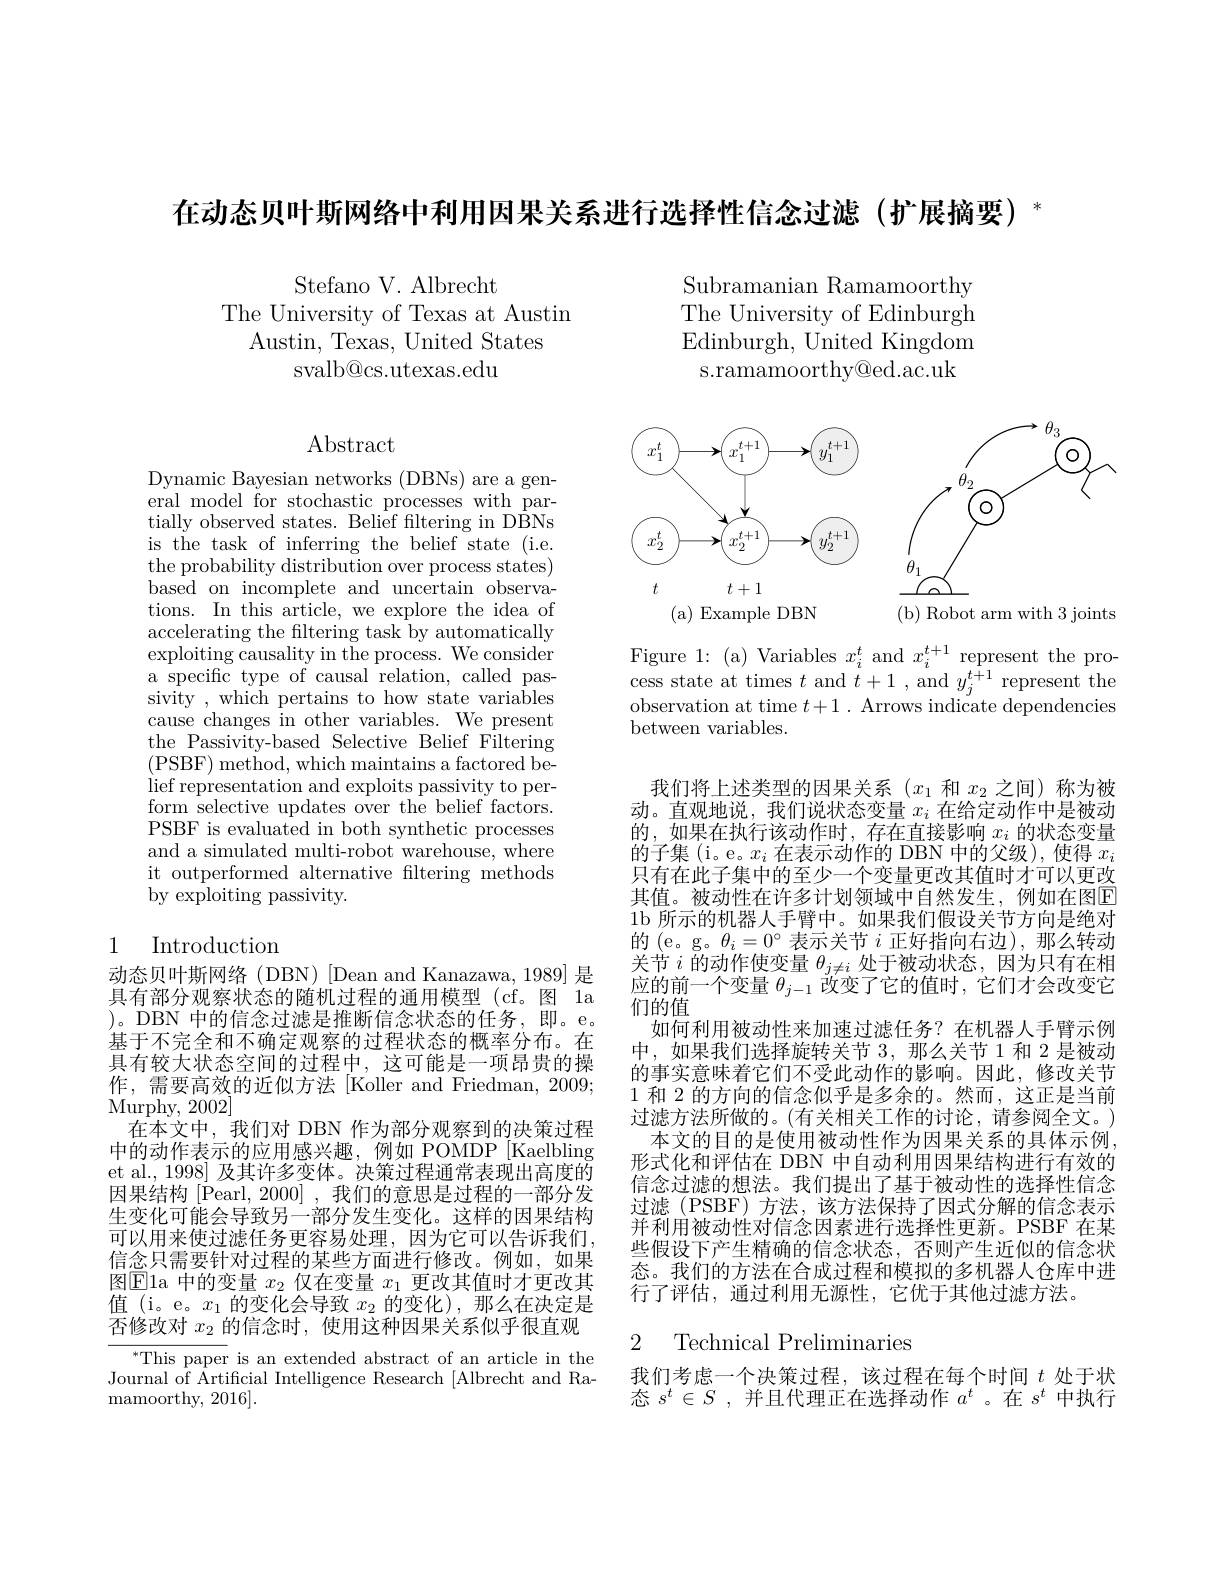
$在动态贝叶斯网络中利用因果关系进行选择性信念过滤(扩展摘要)^*$

Stefano V. Albrecht
The University of Texas at Austin
Austin, Texas, United States
svalb@cs.utexas.edu

$\operatorname{Abstract}$

Dynamic Bayesian networks (DBNs) are a general model for stochastic processes with partially observed states. Belief filtering in DBNs is the task of inferring the belief state (i.e. the probability distribution over process states) $\bar{\text{based on incomplete and uncertain observa-}}$ tions. In this article, we explore the idea of accelerating the filtering task by automatically exploiting causality in the process. We consider a specific type of causal relation, called passivity , which pertains to how state variables cause changes in other variables. We present the Passivity-based Selective Belief Filtering (PSBF) method, which maintains a factored be- $\operatorname*{lief}$representation and exploits passivity to perform selective updates over the belief factors. PSBF is evaluated in both synthetic processes and a simulated multi-robot warehouse, where it outperformed alternative filtering methods by exploiting passivity.

# 1 Introduction

动态贝叶斯网络(DBN) [Dean and Kanazawa, 1989] 是具有部分观察状态的随机过程的通用模型(cf。图 1a )。DBN 中的信念过滤是推断信念状态的任务，即。e。基于不完全和不确定观察的过程状态的概率分布。在具有较大状态空间的过程中，这可能是一项昂贵的操作，需要高效的近似方法[Koller and Friedman,2009; Murphy, 2002]
在本文中，我们对 DBN 作为部分观察到的决策过程中的动作表示的应用感兴趣，例如 POMDP[Kaelbling et al., 1998] 及其许多变体。决策过程通常表现出高度的因果结构 [Pearl, 2000] , 我们的意思是过程的一部分发生变化可能会导致另一部分发生变化。这样的因果结构可以用来使过滤任务更容易处理，因为它可以告诉我们， 信念只需要针对过程的某些方面进行修改。例如，如果图$\boxed{\mathrm{E}}$la 中的变量$x_2$仅在变量$x_1$更改其值时才更改其值(i。e。$x_1$的变化会导致 $x_2$ 的变化),那么在决定是否修改对$x_{2}$的信念时，使用这种因果关系似乎很直观

${^{*}\mathrm{This~paper}}$ is an extended abstract of an article in the Journal of Artificial Intelligence Research [Albrecht and Ra- ${\mathrm{mamoorthy,~2016}}].$

Subramanian Ramamoorthy The University of Edinburgh Edinburgh, United Kingdom s.ramamoorthy@ed.ac.uk

<FigureHere>

Figure 1: (a) Variables $x_i^t$ and $x_i^{t+1}$ represent the process state at times $t$ and $t+1$, and $y_j^{t+1}$ represent the observation at time $t+ 1.$ Arrows indicate dependencies between variables.

我们将上述类型的因果关系(x_1 和 x_2 之间)称为被动。直观地说，我们说状态变量$x_i$在给定动作中是被动的，如果在执行该动作时，存在直接影响$x_i$的状态变量的子集 (i。e。$x_i$在表示动作的 DBN 中的父级),使得$x_i$ 只有在此子集中的至少一个变量更改其值时才可以更改其值。被动性在许多计划领域中自然发生，例如在图E 1b 所示的机器人手臂中。如果我们假设关节方向是绝对的(e。g。$\theta_i=0^\circ$表示关节$i$正好指向右边),那么转动关节$i$的动作使变量$\theta_j\neq i$处于被动状态，因为只有在相应的前一个变量$\theta_j-1$改变了它的值时，它们才会改变它们的值
如何利用被动性来加速过滤任务？在机器人手臂示例中，如果我们选择旋转关节3，那么关节 1 和 2 是被动的事实意味着它们不受此动作的影响。因此，修改关节1 和 2 的方向的信念似乎是多余的。然而，这正是当前过滤方法所做的。(有关相关工作的讨论，请参阅全文。)
本文的目的是使用被动性作为因果关系的具体示例形式化和评估在 DBN 中自动利用因果结构进行有效的信念过滤的想法。我们提出了基于被动性的选择性信念过滤(PSBF)方法，该方法保持了因式分解的信念表示并利用被动性对信念因素进行选择性更新。PSBF 在某些假设下产生精确的信念状态，否则产生近似的信念状态。我们的方法在合成过程和模拟的多机器人仓库中进行了评估，通过利用无源性，它优于其他过滤方法。

### 2 Technical Preliminaries

我们考虑一个决策过程，该过程在每个时间$t$处于状态$s^t\in S$ ,并且代理正在选择动作$a^t$ 。在$s^t$中执行